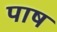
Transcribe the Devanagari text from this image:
पाष